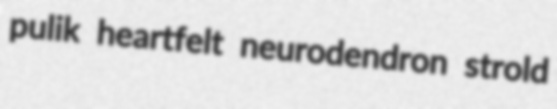
pulik heartfelt neurodendron strold